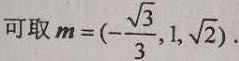
可取 $\boldsymbol{m}=(-\frac{\sqrt{3}}{3},1,\sqrt{2})$.